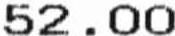
52.00